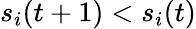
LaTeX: s_{i}(t+1)<s_{i}(t)